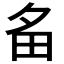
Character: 𤰧